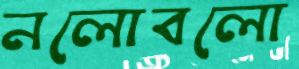
নলোবলো